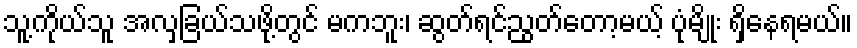
သူ့ကိုယ်သူ အလှခြယ်သဖို့တွင် မကဘူး၊ ဆွတ်ရင်ညွတ်တော့မယ့် ပုံမျိုး ရှိနေရမယ်။